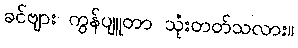
ခင်ဗျား ကွန်ပျူတာ သုံးတတ်သလား။